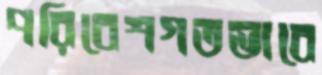
পরিবেশগতভাবে